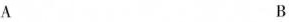
A B